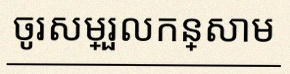
ចូរសម្រួលកន្សោម